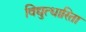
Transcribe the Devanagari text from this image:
विद्युत्धारिता